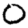
Digit: 0